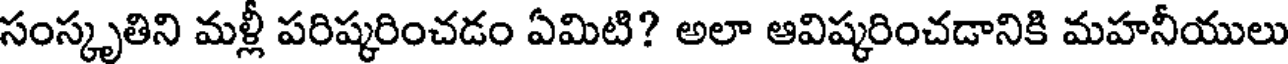
సంస్కృతిని మళ్లీ పరిష్కరించడం ఏమిటి? అలా ఆవిష్కరించడానికి మహనీయులు